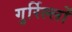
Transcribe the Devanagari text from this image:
गुर्रिल्लों